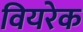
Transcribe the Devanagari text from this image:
वियरेक